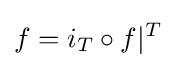
f=i_{T}\circ f|^{T}